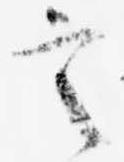
言